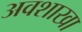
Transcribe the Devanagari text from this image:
अवशाखा